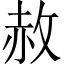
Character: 赦